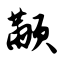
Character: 颟